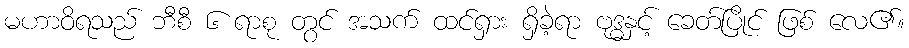
မဟာဝိရသည် ဘီစီ ၆ ရာစု တွင် အသက် ထင်ရှား ရှိခဲ့ရာ ဗုဒ္ဓနှင့် ခေတ်ပြိုင် ဖြစ် လေ၏။